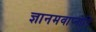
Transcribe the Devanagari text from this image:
ज्ञानमवाप्नोति